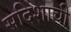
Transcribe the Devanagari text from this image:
सदिशाची